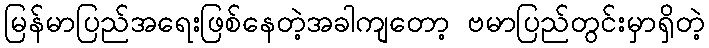
မြန်မာပြည်အရေးဖြစ်နေတဲ့အခါကျတော့ ဗမာပြည်တွင်းမှာရှိတဲ့